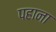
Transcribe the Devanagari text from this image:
पहाना